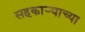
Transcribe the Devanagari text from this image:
सहकार्‍याच्या